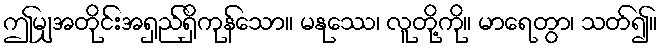
ဤမျှအတိုင်းအရှည်ရှိကုန်သော။ မနုဿေ၊ လူတို့ကို။ မာရေတွာ၊ သတ်၍။